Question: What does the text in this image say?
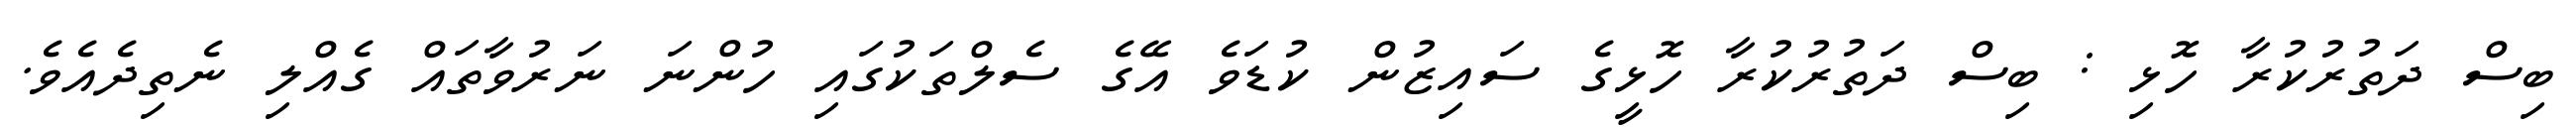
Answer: ބިސް ދަތުރުކުރާ ހޮޅި : ބިސް ދަތުރުކުރާ ހޮޅީގެ ސައިޒުން ކުޑަވެ އޭގެ ސެލްތަކުގައި ހުންނަ ނަރުވާތައް ގެއްލި ނެތިދެއެވެ.